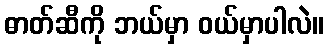
ဓာတ်ဆီကို ဘယ်မှာ ဝယ်မှာပါလဲ။